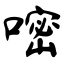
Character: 嘧